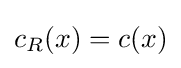
c_{R}(x)=c(x)